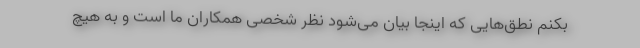
بکنم نطق‌هایی که اینجا بیان می‌شود نظر شخصی همکاران ما است و به هیچ